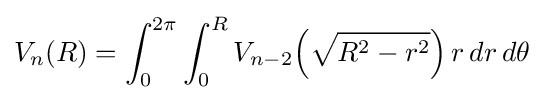
V_{n}(R)=\int _{0}^{2\pi }\int _{0}^{R}V_{n-2}\!\left({\sqrt {R^{2}-r^{2}}}\right)r\,dr\,d\theta